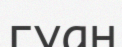
гуан